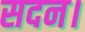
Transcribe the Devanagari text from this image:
सदन।